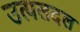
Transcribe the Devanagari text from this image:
उत्पलदल